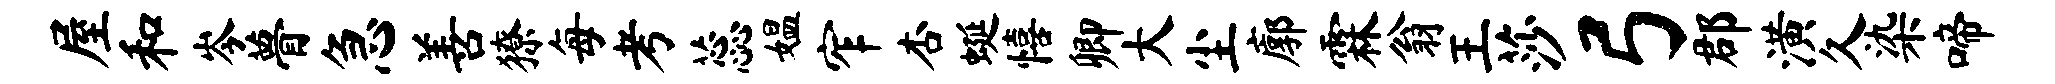
屋和岑瞢急善獠每考蕊媪窄杏蜒僖卿大尘廓霖翁王莎弓郡潢久染啼